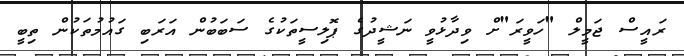
ރައީސް ޖަމީލް "ހަވީރަ"ށް ވިދާޅުވީ ނަޝީދުގެ ޕޮލިސީތަކުގެ ސަބަބުން އަރަބި ގައުމުތަކުން ތިބީ